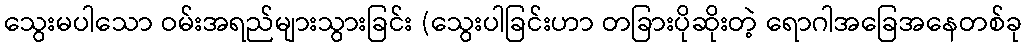
သွေးမပါသော ဝမ်းအရည်များသွားခြင်း (သွေးပါခြင်းဟာ တခြားပိုဆိုးတဲ့ ရောဂါအခြေအနေတစ်ခု